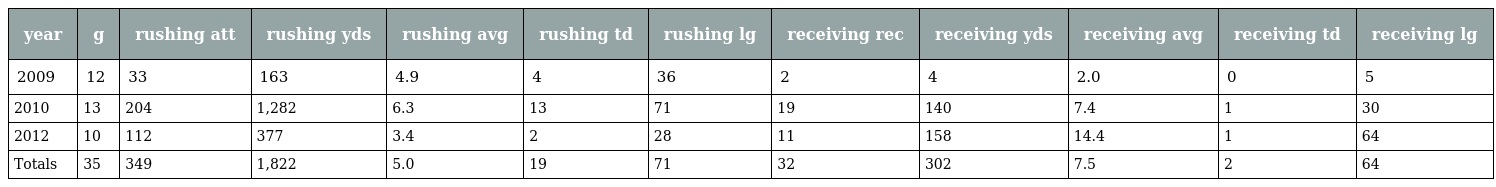
| year | g | rushing att | rushing yds | rushing avg | rushing td | rushing lg | receiving rec | receiving yds | receiving avg | receiving td | receiving lg |
 | --- | --- | --- | --- | --- | --- | --- | --- | --- | --- | --- | --- |
 | 2009 | 12 | 33 | 163 | 4.9 | 4 | 36 | 2 | 4 | 2.0 | 0 | 5 |
 | 2010 | 13 | 204 | 1,282 | 6.3 | 13 | 71 | 19 | 140 | 7.4 | 1 | 30 |
 | 2012 | 10 | 112 | 377 | 3.4 | 2 | 28 | 11 | 158 | 14.4 | 1 | 64 |
 | Totals | 35 | 349 | 1,822 | 5.0 | 19 | 71 | 32 | 302 | 7.5 | 2 | 64 |